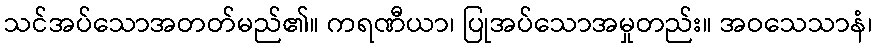
သင်အပ်သောအတတ်မည်၏။ ကရဏီယာ၊ ပြုအပ်သောအမှုတည်း။ အဝသေသာနံ၊